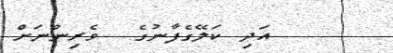
އަދި ކަލޭގެފާނުގެ  ވެރިންނަށް